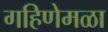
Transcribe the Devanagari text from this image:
गहिणेमळा